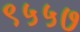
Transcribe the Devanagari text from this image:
९५५७